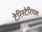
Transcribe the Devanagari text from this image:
टेरिस्टेरियल